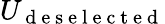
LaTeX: U_{\mathrm{~d~e~s~e~l~e~c~t~e~d~}}